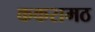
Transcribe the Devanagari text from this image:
ककरामठ